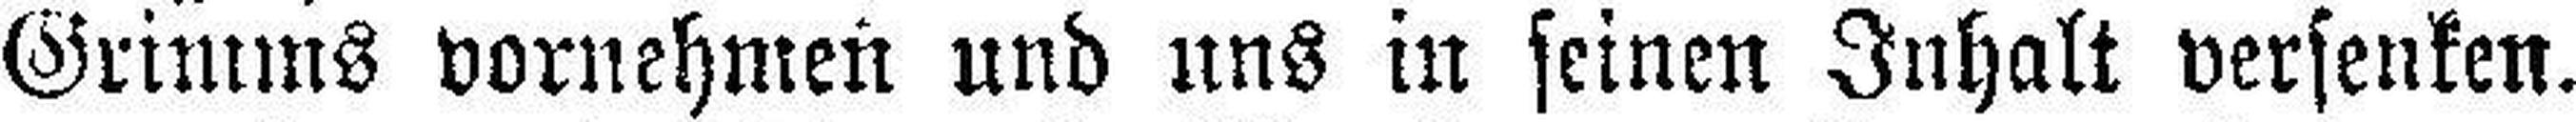
Grimms vornehmen und uns in seinen Inhalt versenken.